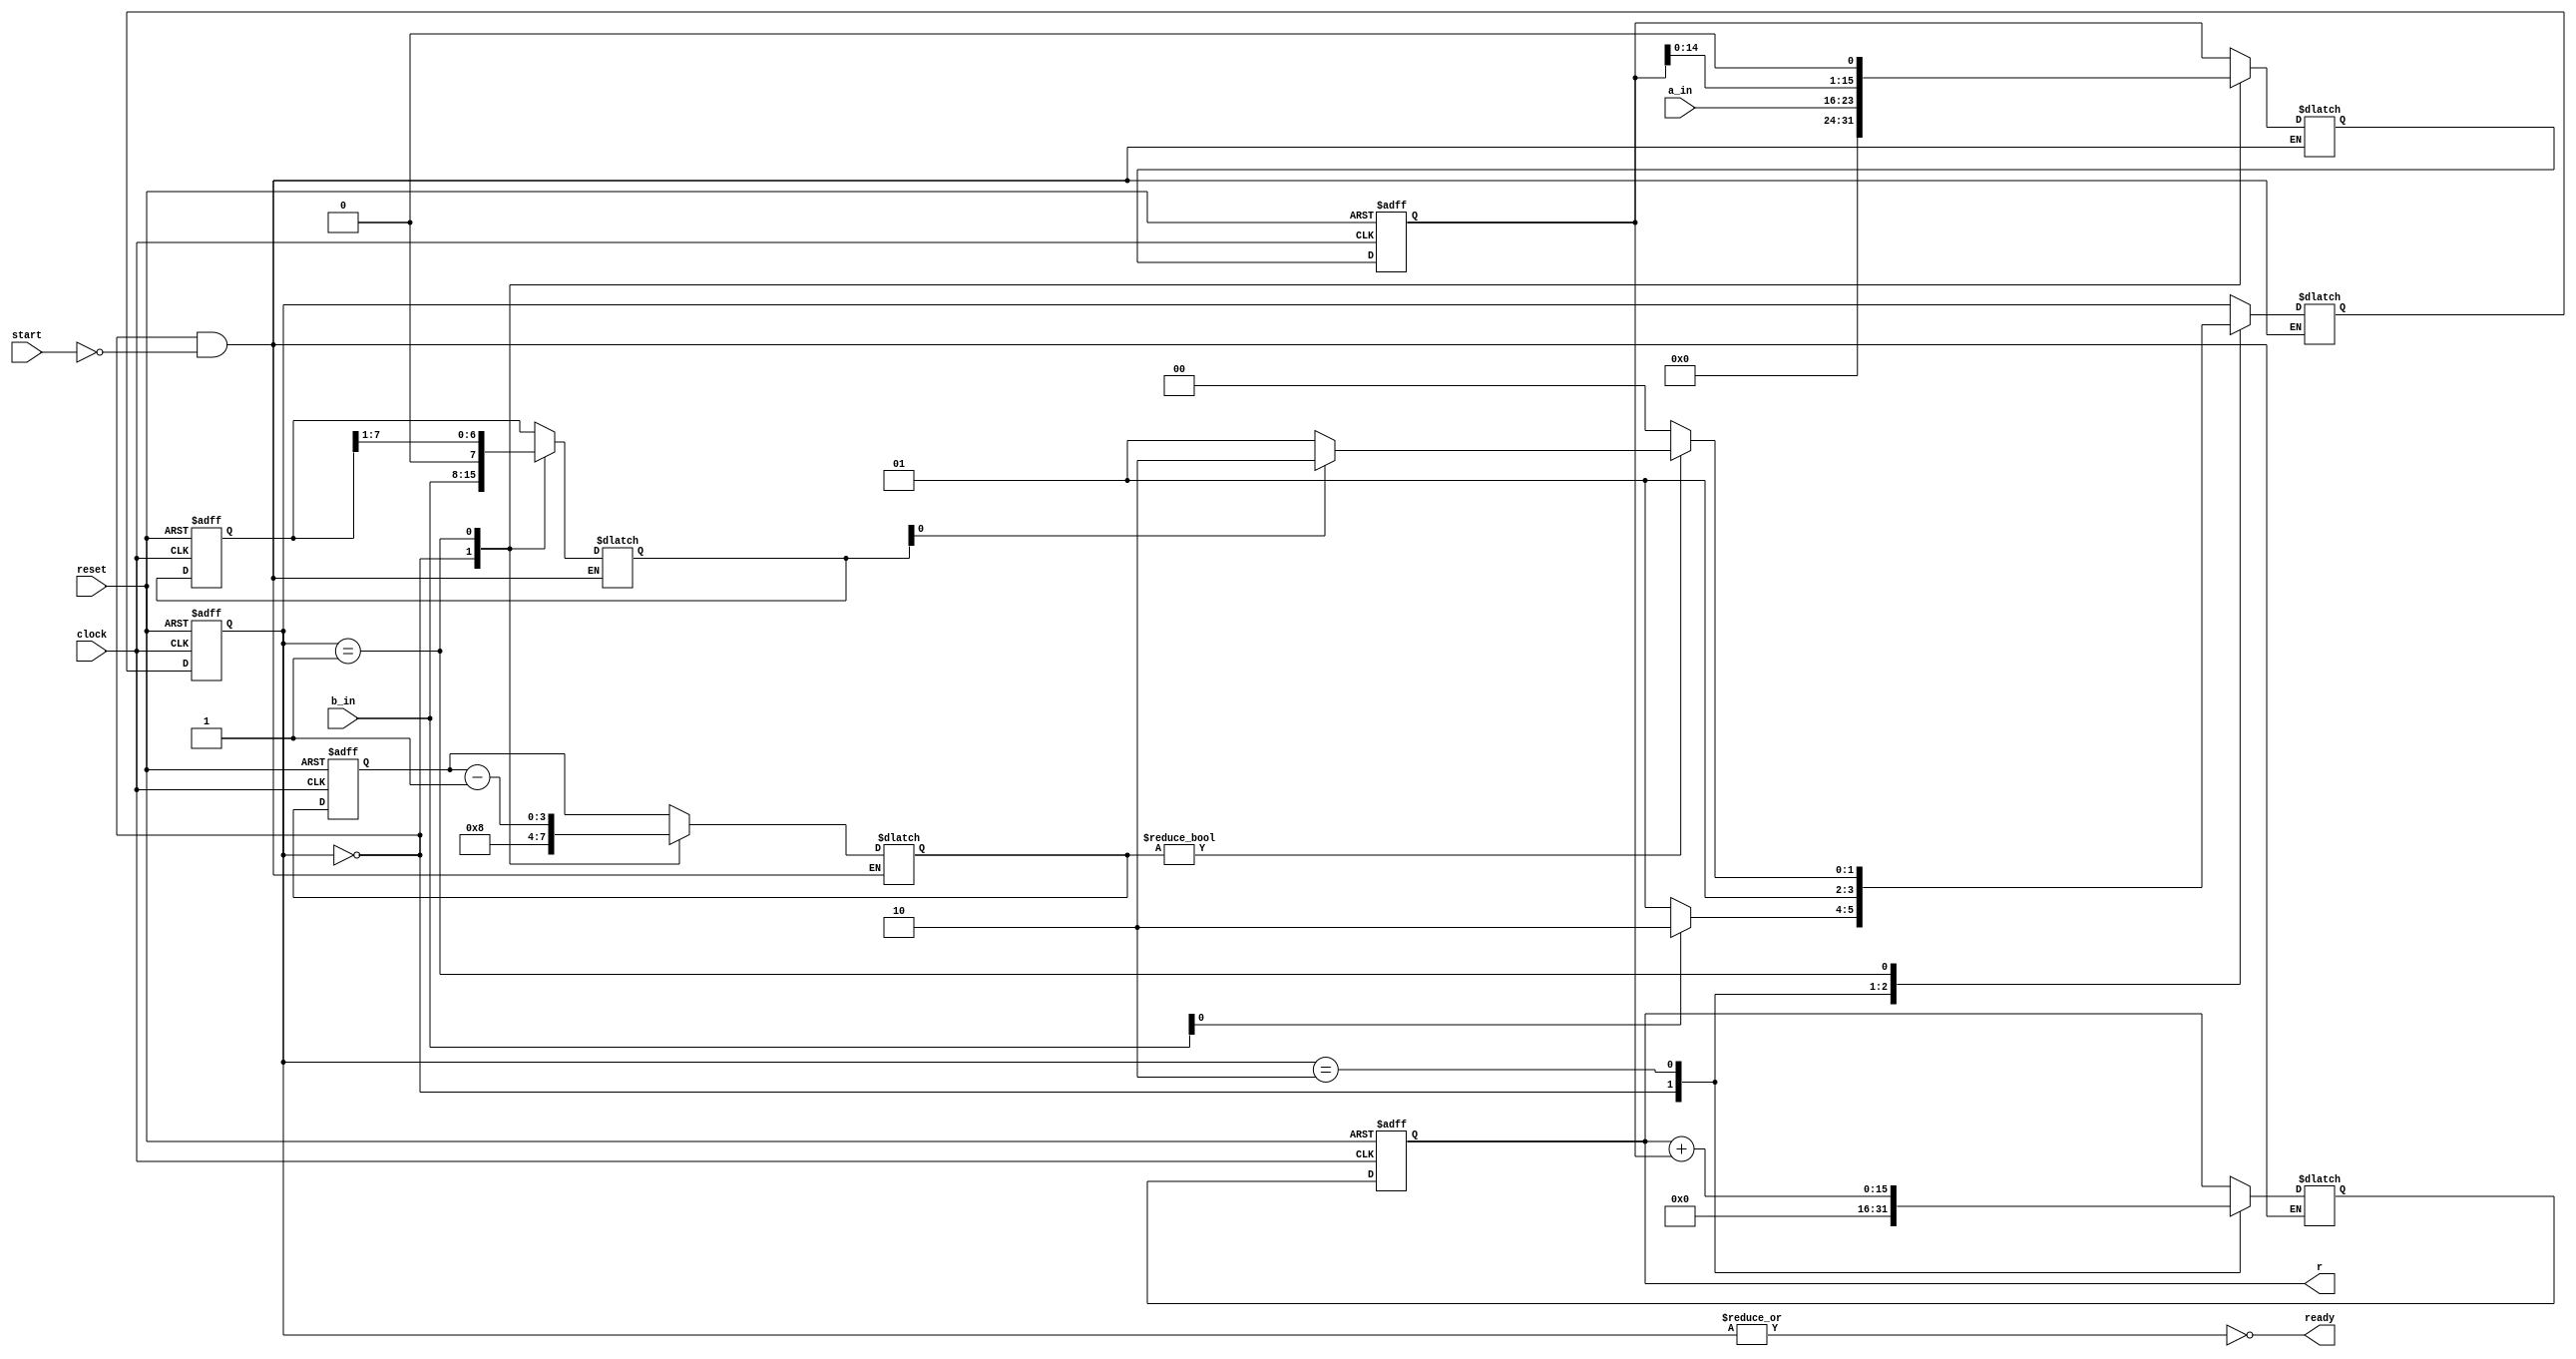
module add_shift_multiplier(r, ready, clock, reset, a_in, b_in, start);

//input 
input clock;            //system clock
input reset;            //Active low reset
input [7:0] a_in;       //Multiplicand
input [7:0] b_in;       //Multiplier
input start;            //Signal to start operation

//output 
output [15:0] r;        //product
output ready;           //multiplier is idle

//parameters
parameter idle= 2'b00;
parameter shift= 2'b01;
parameter add = 2'b10;

//*control path*//

//state register
reg [1:0] state;
reg [1:0] state_next;

always @(negedge clock, negedge reset)
begin
    if(~reset)
        state <= idle;
    else
        state <= state_next;
end

//next state logic

always @(state, start, b, n_next, b_next)//update the sensitivity list
begin
    case (state)
    idle: begin
        if(start)
        begin
            if(b_in[0])
                state_next <= add;
            else
                state_next <= shift;
        end
    end
    add: state_next <= shift;
    shift: begin
        if(n_next)
        begin
            if(b_next[0])
                state_next <= add;
            else
                state_next <= shift;
        end
        else
            state_next <= idle;
    end
    default: state_next <= state;
    endcase
end

//output logic
assign ready = ~|state;

//*data path*//

//data register

reg [15:0] a;
reg [7:0] b;
reg [3:0] n;            //Number of bits in multiplier and multiplicand
reg [15:0] r;
reg [15:0] a_next;
reg [7:0] b_next;
reg [3:0] n_next;            //Number of bits in multiplier and multiplicand
reg [15:0] r_next;

always @(negedge clock, negedge reset)
begin
    if(~reset)
    begin
        a <= 16'h0000;
        b <= 8'h00;
        n <= 4'h8;
        r <= 16'h0000;
    end
    else
    begin
        a <= a_next;
        b <= b_next;
        n <= n_next;
        r <= r_next;
    end
end

//routing and multiplexing circuit and functional units

always @(state, start, a, b, r, n) // update the sensitivity list
begin
    case (state)
    idle:begin
        if(start)
        begin
            a_next <= a_in;
            b_next <= b_in;
            n_next <= 4'h8;
            r_next <= 16'h0000;
        end

    end
    add: begin
        a_next <=a;
        b_next <= b;
        n_next <= n;
        r_next <= r+a;
    end
    shift: begin
        a_next <= a<<1;
        b_next <= b>>1;
        n_next <= n-1;
        r_next <= r;
    end
    default: begin
        a_next <= a;
        b_next <= b;
        n_next <= n;
        r_next <= r; 
    end 
    endcase
end


endmodule